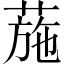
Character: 葹